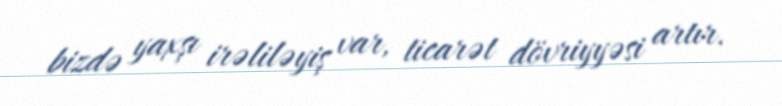
bizdə yaxşı irəliləyiş var, ticarət dövriyyəsi artır.